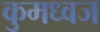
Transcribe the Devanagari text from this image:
कुमध्वज